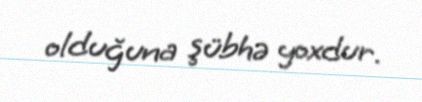
olduğuna şübhə yoxdur.